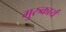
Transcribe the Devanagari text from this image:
गुरुकार्य